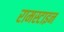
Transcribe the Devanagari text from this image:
रामस्टाइन